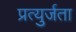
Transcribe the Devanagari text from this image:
प्रत्युर्जता